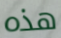
هذه